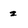
Character: z